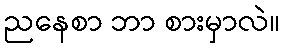
ညနေစာ ဘာ စားမှာလဲ။